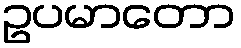
ဥပမာတော